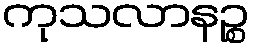
ကုသလာနဉ္စ